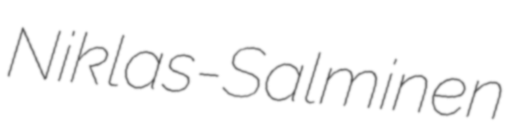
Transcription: Niklas-Salminen